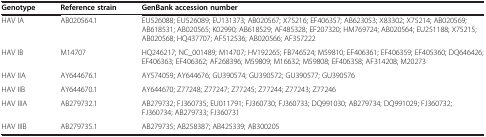
<table><thead><tr><td><b>Genotype</b></td><td><b>Reference strain</b></td><td><b>GenBank accession number</b></td></tr></thead><tbody><tr><td>HAV IA</td><td>AB020564.1</td><td>EU526088; EU526089; EU131373; AB020567; X75216; EF406357; AB623053; X83302; X75214; AB020569; AB618531; AB020565; K02990; AB618529; AF485328; EF207320; HM769724; AB020564; EU251188; X75215; AB020568; HQ437707; AF512536; AB020566; AF357222</td></tr><tr><td>HAV IB</td><td>M14707</td><td>HQ246217; NC_001489; M14707; HV192265; FB746524; M59810; EF406361; EF406359; EF405360; DQ646426; EF406363; EF406362; AF268396; M59809; M16632; M59808; EF406358; AF314208; M20273</td></tr><tr><td>HAV IIA</td><td>AY644676.1</td><td>AY574059; AY644676; GU390574; GU390572; GU390577; GU390576</td></tr><tr><td>HAV IIB</td><td>AY644670.1</td><td>AY644670; Z77248; Z77247; Z77245; Z77244; Z77243; Z77246</td></tr><tr><td>HAV IIIA</td><td>AB279732.1</td><td>AB279732; FJ360735; EU011791; FJ360730; FJ360733; DQ991030; AB279734; DQ991029; FJ360732; FJ360734; AB279733; FJ360731</td></tr><tr><td>HAV IIIB</td><td>AB279735.1</td><td>AB279735; AB258387; AB425339; AB300205</td></tr></tbody></table>